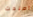
اصلحت